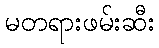
မတရားဖမ်းဆီး